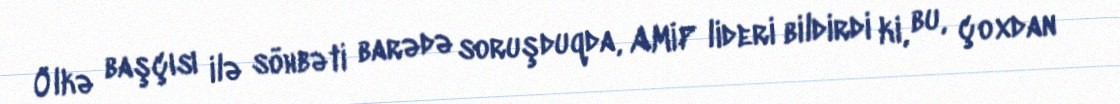
Ölkə başçısı ilə söhbəti barədə soruşduqda, AMİP lideri bildirdi ki, bu, çoxdan